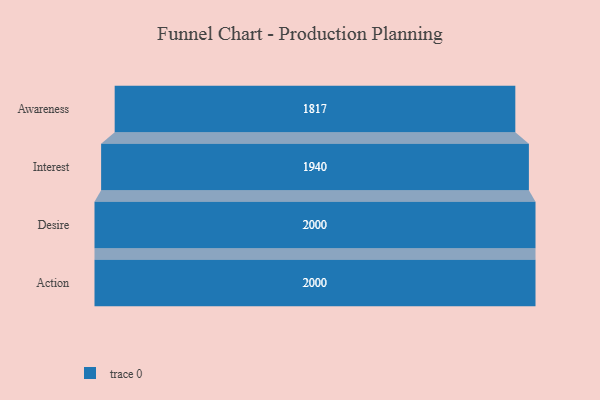
{"axis": {"x": "Stage", "y": "Value"}, "legend": [""], "data": [{"x": "Awareness", "y": 1817.0, "type": ""}, {"x": "Interest", "y": 1940.0, "type": ""}, {"x": "Desire", "y": 2000, "type": ""}, {"x": "Action", "y": 2000, "type": ""}]}